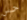
حس